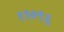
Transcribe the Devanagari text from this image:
११०९६